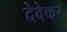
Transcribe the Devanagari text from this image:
देवेकर